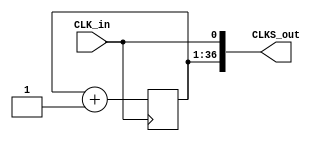
module Clock_Div
	#(parameter SIZE = 36)	// divides by 2^i for i = 0 to i = 36
	(CLK_in, CLKS_out);
	input CLK_in;
	output [SIZE:0] CLKS_out;
	
	reg [SIZE:1] Counter;
	initial Counter = 'd0;
	
	always @(posedge CLK_in)
		Counter <= Counter + 1;

	assign CLKS_out = {Counter, CLK_in};
endmodule